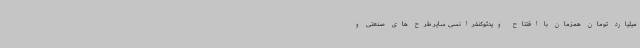
میلیارد تومان همزمان با افتتاح ویدئوکنفرانسی سایر طرح های صنعتی و